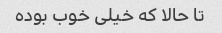
تا حالا که خیلی خوب بوده